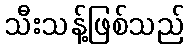
သီးသန့်ဖြစ်သည်